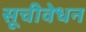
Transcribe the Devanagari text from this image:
सूचीवेधन